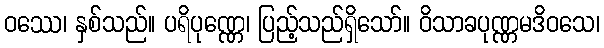
ဝဿေ၊ နှစ်သည်။ ပရိပုဏ္ဏေ၊ ပြည့်သည်ရှိသော်။ ဝိသာခပုဏ္ဏမဒိဝသေ၊